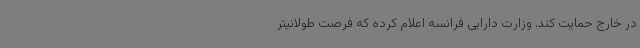
در خارج حمایت کند. وزارت دارایی فرانسه اعلام کرده که فرصت طولانیتر